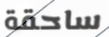
ساحقة